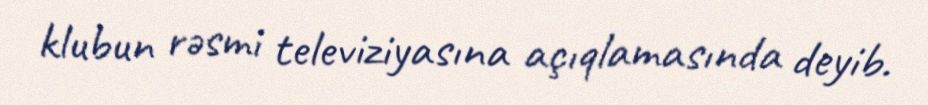
klubun rəsmi televiziyasına açıqlamasında deyib.